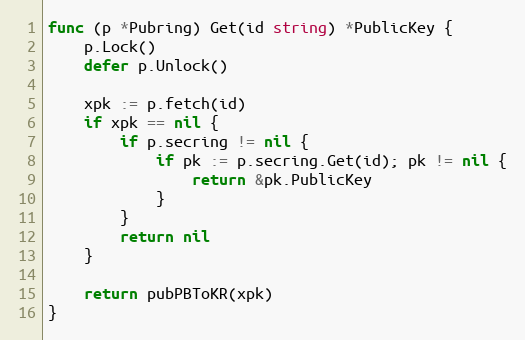
Language: Go
func (p *Pubring) Get(id string) *PublicKey {
	p.Lock()
	defer p.Unlock()

	xpk := p.fetch(id)
	if xpk == nil {
		if p.secring != nil {
			if pk := p.secring.Get(id); pk != nil {
				return &pk.PublicKey
			}
		}
		return nil
	}

	return pubPBToKR(xpk)
}